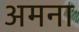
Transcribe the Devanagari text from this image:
अमना